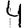
Digit: 4